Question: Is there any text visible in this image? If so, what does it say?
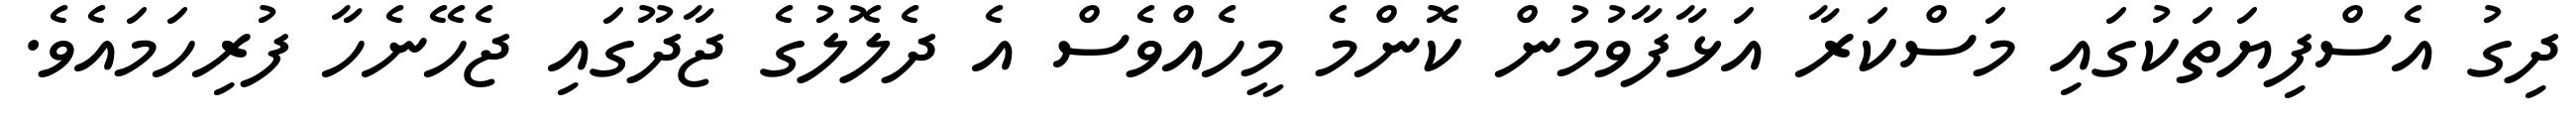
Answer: ދިގު އެސްފިޔަތަކުގައި މަސްކަރާ އަޅާފާވުމުން ކޮންމެ މީހެއްވެސް އެ ދެލޮލުގެ ޖާދޫގައި ޖެހޭނެހާ ފުރިހަމައެވެ.